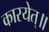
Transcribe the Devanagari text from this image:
कारयेत्॥